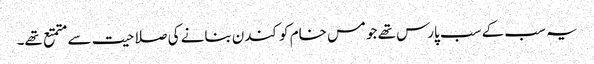
یہ سب کے سب پارس تھے جو مس خام کو کندن بنانے کی صلاحیت سے متمتع تھے۔